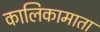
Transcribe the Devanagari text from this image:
कालिकामाता